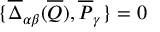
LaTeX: \{ \overline { { { \Delta } } } _ { \alpha \beta } ( \overline { { { Q } } } ) , \overline { { { P } } } _ { \gamma } \} = 0